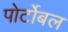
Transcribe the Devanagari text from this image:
पोर्टोबल